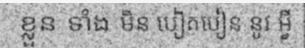
ខ្លួន ទាំង មិន បៀតបៀន នូវ អ្វី